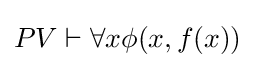
PV\vdash \forall x\phi (x,f(x))